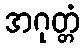
အဂုတ္တံ